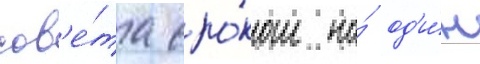
сов'е́та сро́ком на́ од'и́н